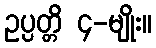
ဥပ္ပတ္တိ ၄-မျိုး။